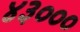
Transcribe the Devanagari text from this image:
४३०००